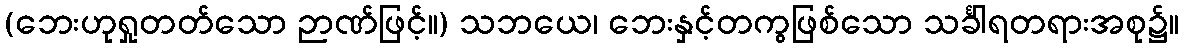
(ဘေးဟုရှုတတ်သော ဉာဏ်ဖြင့်။) သဘယေ၊ ဘေးနှင့်တကွဖြစ်သော သင်္ခါရတရားအစု၌။